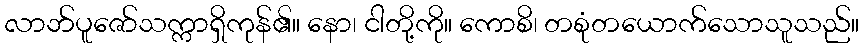
လာဘ်ပူဇော်သက္ကာရှိကုန်၏။ နော၊ ငါတို့ကို။ ကောစိ၊ တစုံတယောက်သောသူသည်။